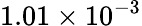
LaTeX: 1.01\times 10^{-3}